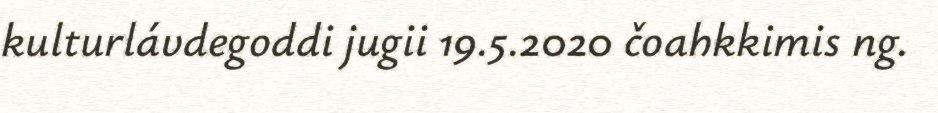
kulturlávdegoddi jugii 19.5.2020 čoahkkimis ng.